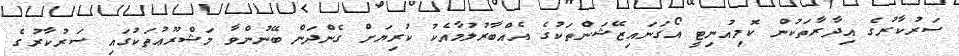
ސަރުކާރުގެ އިދާރާތަކުން ކޮމިއުނިޓީ އޯގަނައިޒޭޝަންތަކުގެ އެއްބާރުލުމާއެކު ކުރިޔަށް ގެންދަން ބޭނުންވާ މަޝްރޫޢުތަކުގައި ސަރުކާރުގެ